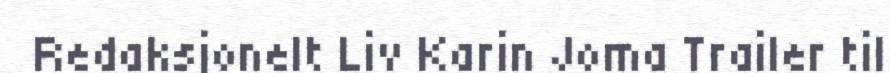
Redaksjonelt Liv Karin Joma Trailer til